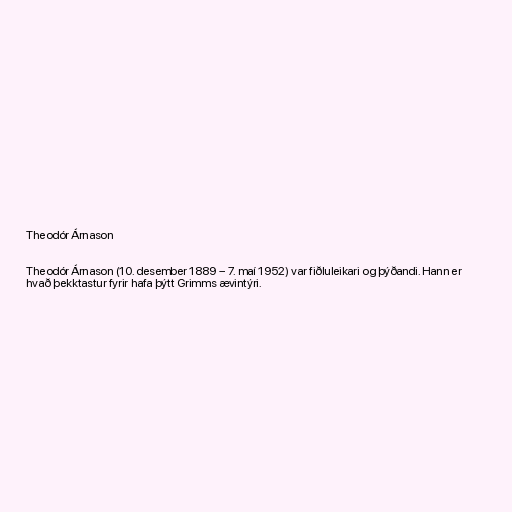
Theodór Árnason

Theodór Árnason (10. desember 1889 – 7. maí 1952) var fiðluleikari og þýðandi. Hann er
hvað þekktastur fyrir hafa þýtt Grimms ævintýri.